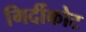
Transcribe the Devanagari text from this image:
गिर्दीकोट